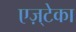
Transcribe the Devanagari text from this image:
एज़्टेका